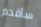
سأقدم